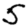
Digit: 5